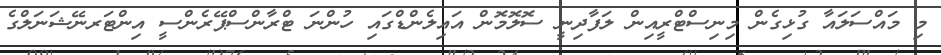
މި މައްސަލައާ ގުޅިގެން މިނިސްޓްރީއިން ލަފާދިނީ ސޮލޮމޮން އައިލެންޑްގައި ހުންނަ ޓްރާންސްޕޭރެންސީ އިންޓަރނޭޝަނަލްގެ